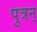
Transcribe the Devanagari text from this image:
पुत्रन्